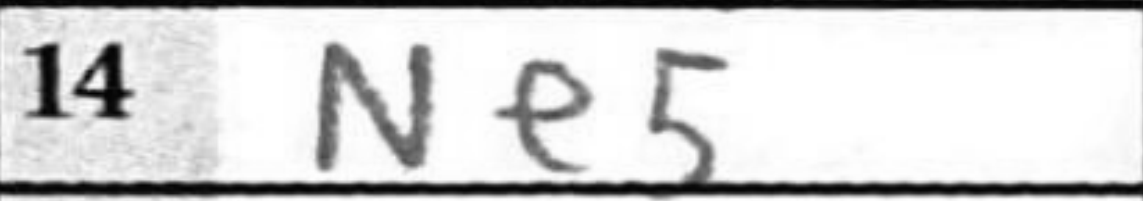
Transcription: Ne5